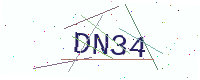
Text: DN34